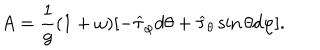
LaTeX: A = \frac { 1 } { g } ( 1 + \omega ) [ - \widehat \tau _ { \varphi } d \theta + \widehat \tau _ { \theta } \sin \theta d \varphi ] .